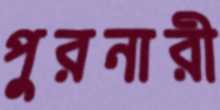
পুরনারী